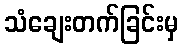
သံချေးတက်ခြင်းမှ